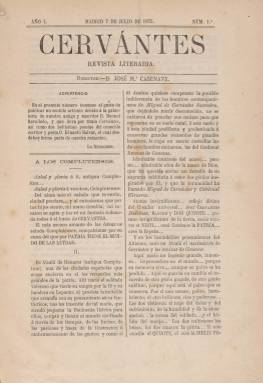
Título: Cervantes (Madrid)
Colección: Literatura
Ámbito geográfico: Madrid
Lugar de publicación: Barcelona
Fechas: 07/07/1875-30/06/1876

Falta digitalizar los números 7, 9 y 11 de agosto y septiembre de 1875.

---

Esta revista de periodicidad semanal fue fundada en 1875 con el propósito de recaudar fondos para sufragar un monumento a Cervantes en su ciudad natal, Alcalá de Henares, en el mismo lugar donde estaba la casa en la que nació ‘tan preclaro varón, gloria y honor de España’, según podemos leer en la misma publicación.

   El fundador, propietario y director de la revista fue José María Casenave, un militar de profesión enamorado de Cervantes como escritor y como soldado en la batalla de Lepanto. En una carta que en 1880 dirigió al director del Archivo de Simancas solicitando documentación para preparar su intervención en un congreso en Lisboa como representante de la Asociación de Escritores Españoles, escribió este encendido elogio: ‘Inglaterra tiene a Shakespeare, Alemania a Goethe, Francia a Molière, Portugal a Camoens ¿y España? España tiene al mejor, tiene a Cervantes, el inmortal, el imperecedero Cervantes… él será mi recurso supremo, mi égida y mi escudo’

   El semanario, que contaba con numerosos colaboradores, publicaba artículos, poesías y otras piezas literarias y cartas de los lectores teniendo siempre como eje la biografía de Cervantes y su obra, pero anteponiendo siempre su finalidad primordial, que era servir de plataforma de una suscripción nacional para levantar el monumento al escritor. Así, ya en su segundo número publicaba en su primera página los nombres y las cantidades donadas de sus primeros suscriptores.

   En un artículo publicado en el número 5, el mismo Casenave argumenta la finalidad de la revista: ‘El móvil puro y el pensamiento noble es despertar con el ejemplo el adormecido sentimiento patrio; es llamar a la puerta de cada español, y decirle: «Cervantes no tiene en su cuna un testimonio del agradecimiento de los españoles, por haber sido Cervantes español... Es preciso que lo tenga...La honra del nombre de tu madre patria lo pide... El decoro nacional lo exige... Observa que otros españoles, tus hermanos, te enseñan el camino... ¿Reniegas de tu patria?».

  Casenave había empezado su campaña con un artículo escrito en La Ilustración Española y Americana en 1872 y su idea fue enseguida respaldada por el periódico El Cascabel, por La Crónica de los Cervantistas, editada en Cádiz, y por el Casino de la Habana y dos periódicos cubanos, que también recogían fondos para el monumento a Cervantes.

   A partir del número 8, publicado el 9 de octubre, fecha en la que se pensaba había nacido el escritor, la revista incorporó un grabado con la supuesta efigie de Cervantes y el subtítulo: Eco de los cervantistas españoles, y Casenave escribió un artículo señalando que esperaba que el monumento se inaugurara en Alcalá justo dentro de un año, el 9 de octubre de 1876.

  En el número correspondiente al 23 de abril de 1876, fecha de la muerte de Cervantes, la portada apareció enmarcada en amplios márgenes negros en señal de luto. Con el número 42 de 30 de junio de 1876 cesó la primera época. Se anunció que pasaba a ser quincenal pero con más páginas cada número y en mejor papel. Lo cierto es que se publicó el primer número de esta 2º época en octubre y en Barcelona; llegó hasta el número 5 de diciembre, pero se ignora si se siguió publicando en 1877.

   La estatua a Cervantes en la plaza principal de Alcalá, realizada en bronce por el italiano Carlos Nicoli, finalmente se inauguró el 9 de octubre de 1879. Fue el Ayuntamiento su promotor y el que financió principalmente la obra. Se supone que también con el dinero recaudado por la revista Cervantes y otros promotores.

[Descripción publicada el 08/04/2020]